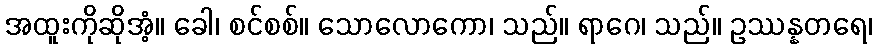
အထူးကိုဆိုအံ့။ ခေါ၊ စင်စစ်။ သောလောကော၊ သည်။ ရာဂေ၊ သည်။ ဥဿန္နတရေ၊